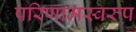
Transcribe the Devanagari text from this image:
परिणामस्‍वरुप